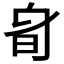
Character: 𣅞